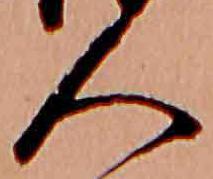
人